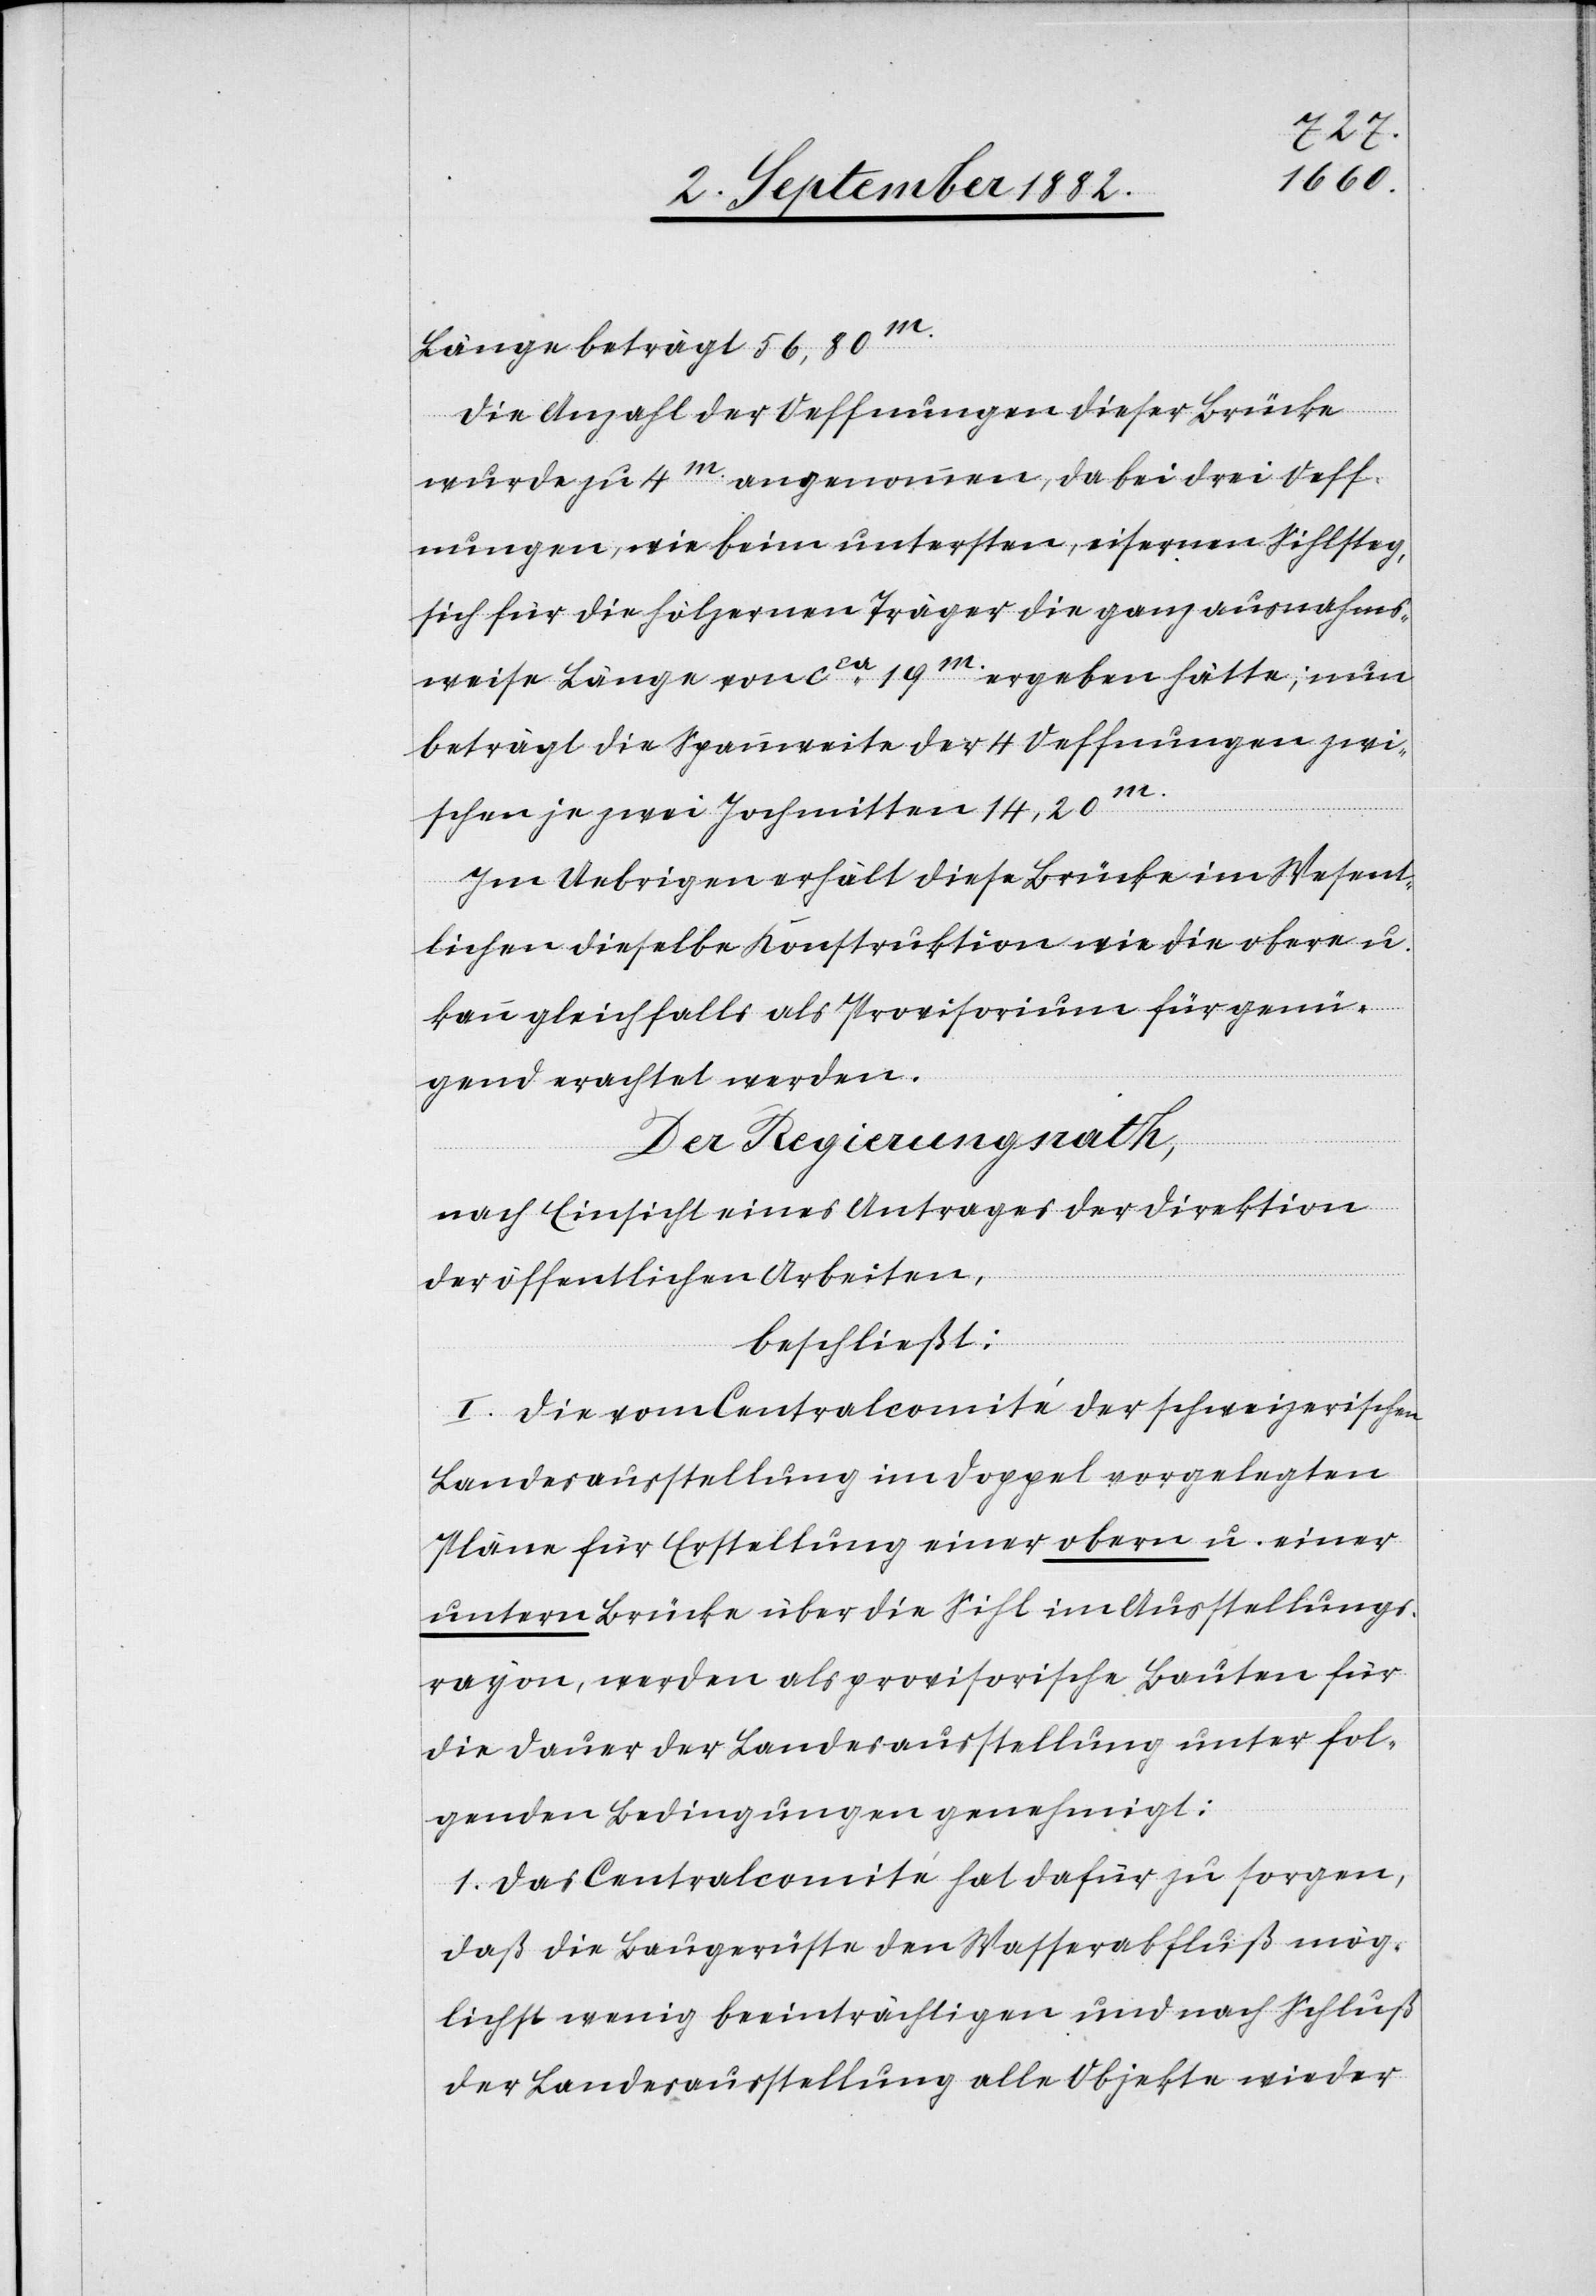
Länge beträgt 57,80m.
Die Anzahl der Oeffnungen dieser Brücke
wurde zu 4m [sic!] angenommen, da bei drei Oeff¬
nungen, wie beim untersten, eisernen Sihlsteg,
sich für die hölzernen Träger die ganz ausnahms¬
weise Länge von ca 19m ergeben hätte; nun
beträgt die Spannweite der 4 Oeffnungen zwi¬
schen je zwei Jochmitten 14,20m.
Im Uebrigen erhält diese Brücke im Wesent¬
lichen dieselbe Konstruktion wie die obere u.
kann gleichfalls als Provisorium für genü¬
gend erachtet werden.
Der Regierungsrath,
nach Einsicht eines Antrages der Direktion
der öffentlichen Arbeiten,
beschließt:
I. Die vom Centralcomité der schweizerischen
Landesausstellung im Doppel vorgelegten
Pläne für Erstellung einer obern u. einer
untern Brücke über die Sihl im Ausstellungs¬
rayon, werden als provisorische Bauten für
die Dauer der Landesausstellung unter fol¬
genden Bedingungen genehmigt:
1. Das Centralcomité hat dafür zu sorgen,
daß die Baugerüste den Wasserabfluß mög¬
lichst wenige beeinträchtigen und nach Schluß
der Landesausstellung alle Objekte wieder